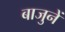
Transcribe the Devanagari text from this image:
बाजुनें